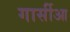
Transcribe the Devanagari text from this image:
गार्सीआ